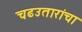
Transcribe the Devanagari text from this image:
चढउतारांचा